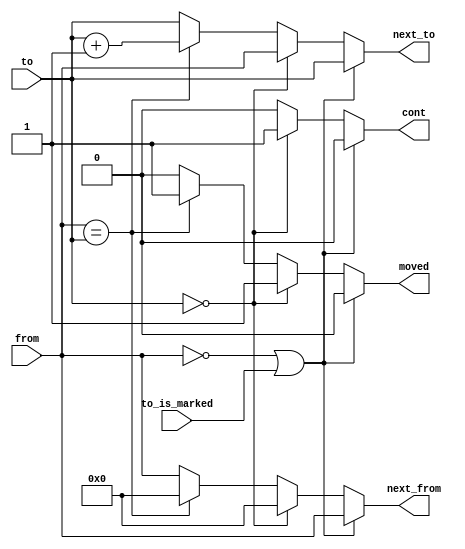
// Move the "from" cell to the "to" cell.
// Purely combinational circuits.
module move_cell(
   from,
   to,
   to_is_marked,
   next_from,
   next_to,
   cont,  // continue
   moved
);

/*------------------------------*/
/* I/O Ports                    */
/*------------------------------*/
input      [3:0] from,
                 to;
input            to_is_marked;
output reg [3:0] next_from,
                 next_to;
output reg       cont,
                 moved;

/*------------------------------*/
/* Combinational Circuits       */
/*------------------------------*/
always @(*) begin
   if(from == 4'b0 | to_is_marked) begin
      next_from = from;
      next_to   = to;
      cont      = 1'b0;
      moved     = 1'b0;
   end
   else if(to == 4'b0) begin
      next_from = 4'b0;
      next_to   = from;
      cont      = 1'b1;
      moved     = 1'b1;
   end
   else if(from == to) begin
      next_from = 4'b0;
      next_to   = to + 1'b1;
      cont      = 1'b0;
      moved     = 1'b1;
   end
   else begin
      next_from = from;
      next_to   = to;
      cont      = 1'b0;
      moved     = 1'b0;
   end
end

endmodule